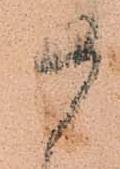
如